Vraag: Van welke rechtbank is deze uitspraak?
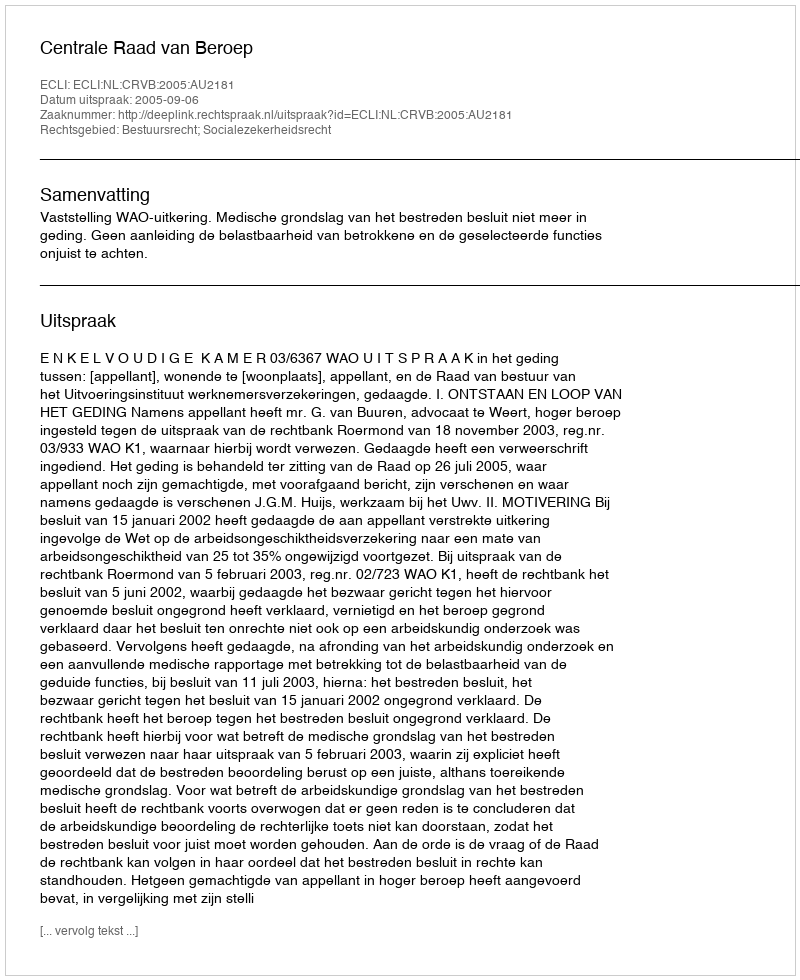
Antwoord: Centrale Raad van Beroep